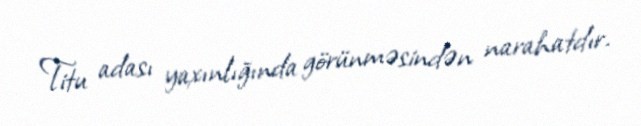
Titu adası yaxınlığında görünməsindən narahatdır.